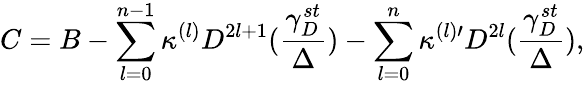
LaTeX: C=B-\sum_{l=0}^{n-1}\kappa^{(l)}D^{2l+1}(\frac{\gamma_{D}^{st}}{\Delta})-\sum_{l=0}^{n}\kappa^{(l)\prime}D^{2l}(\frac{\gamma_{D}^{st}}{\Delta}),